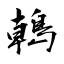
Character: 鶾